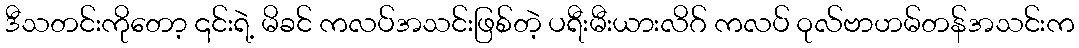
ဒီသတင်းကိုတော့ ၎င်းရဲ့ မိခင် ကလပ်အသင်းဖြစ်တဲ့ ပရီးမီးယားလိဂ် ကလပ် ဝုလ်ဗာဟမ်တန်အသင်းက